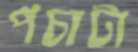
পচাটা